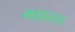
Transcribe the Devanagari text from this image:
महारस